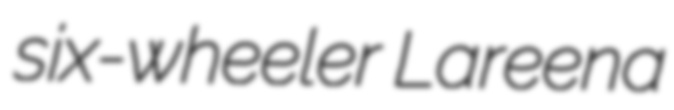
six-wheeler Lareena